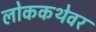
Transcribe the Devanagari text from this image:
लोककथेवर